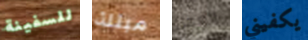
للسفينة مبتلة العمل يكفيني